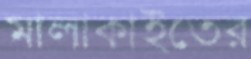
মালাকাইতের